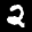
Label: 2